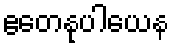
ဧတေနုပါယေန